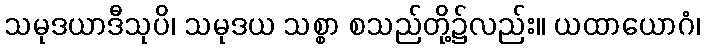
သမုဒယာဒီသုပိ၊ သမုဒယ သစ္စာ စသည်တို့၌လည်း။ ယထာယောဂံ၊